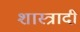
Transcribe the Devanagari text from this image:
शास्त्रादी